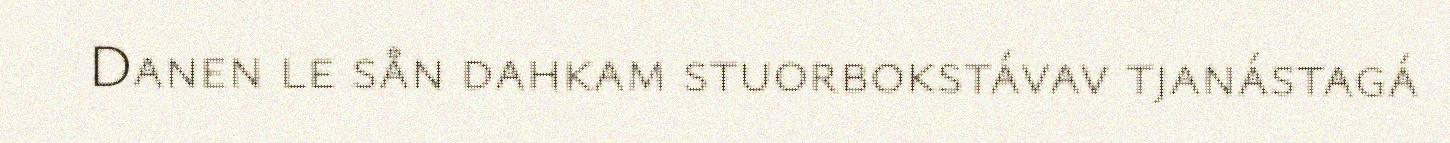
Danen le sån dahkam stuorbokstávav tjanástagá